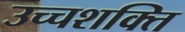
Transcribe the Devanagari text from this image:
उच्‍चशक्ति